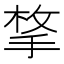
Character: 𭡋